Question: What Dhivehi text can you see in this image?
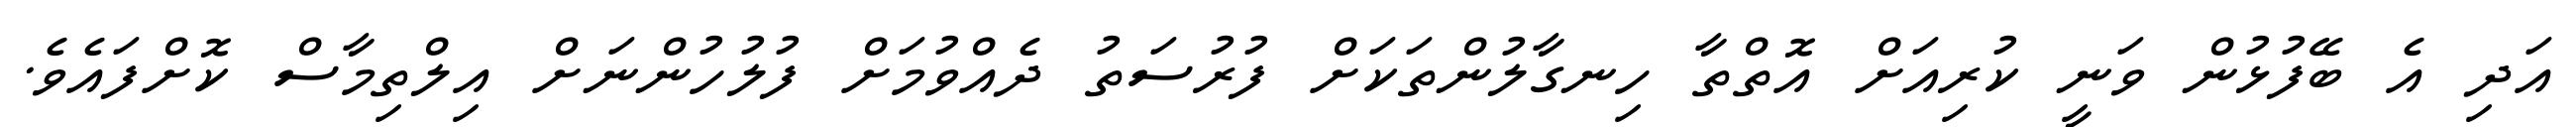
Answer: އަދި އެ ބޭފުޅުން ވަނީ ކުރިއަށް އޮތްތާ ހިނގާލުންތަކަށް ފުރުސަތު ދެއްވުމަށް ފުލުހުންނަށް އިލްތިމާސް ކޮށްފައެވެ.